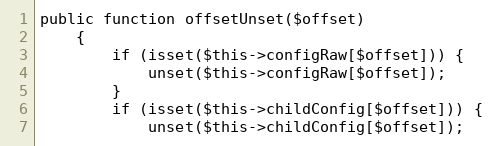
Language: PHP
public function offsetUnset($offset)
    {
        if (isset($this->configRaw[$offset])) {
            unset($this->configRaw[$offset]);
        }
        if (isset($this->childConfig[$offset])) {
            unset($this->childConfig[$offset]);